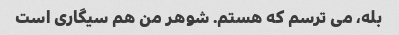
بله، می ترسم که هستم. شوهر من هم سیگاری است